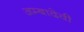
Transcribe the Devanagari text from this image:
अम्बादेवी